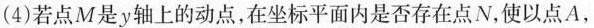
(4) 若点M是y轴上的动点，在坐标平面内是否存在点N，使以点A，